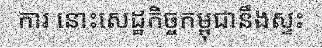
ការ នោះសេដ្ឋកិច្ចកម្ពុជានឹងស្ទះ